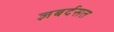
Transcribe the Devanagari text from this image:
ज़बर्दसत